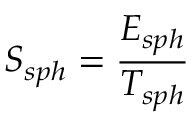
S _ { s p h } = \frac { E _ { s p h } } { T _ { s p h } }